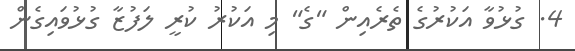
4. ގުޅުވާ އަކުރުގެ ތެރެއިން "ގެ" މި އަކުރު ކުރީ ލަފުޒާ ގުޅުވައިގެން